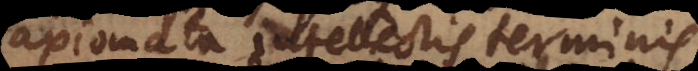
axiomata intellectis terminis